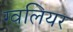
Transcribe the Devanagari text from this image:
ग्वलियर